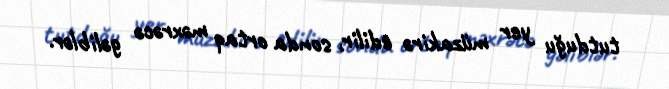
tutduğu yer müzakirə edilir, sonda ortaq məxrəcə gəliblər.